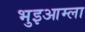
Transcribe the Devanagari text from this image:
भुइआम्ला